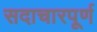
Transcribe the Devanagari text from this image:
सदाचारपूर्ण